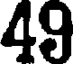
49